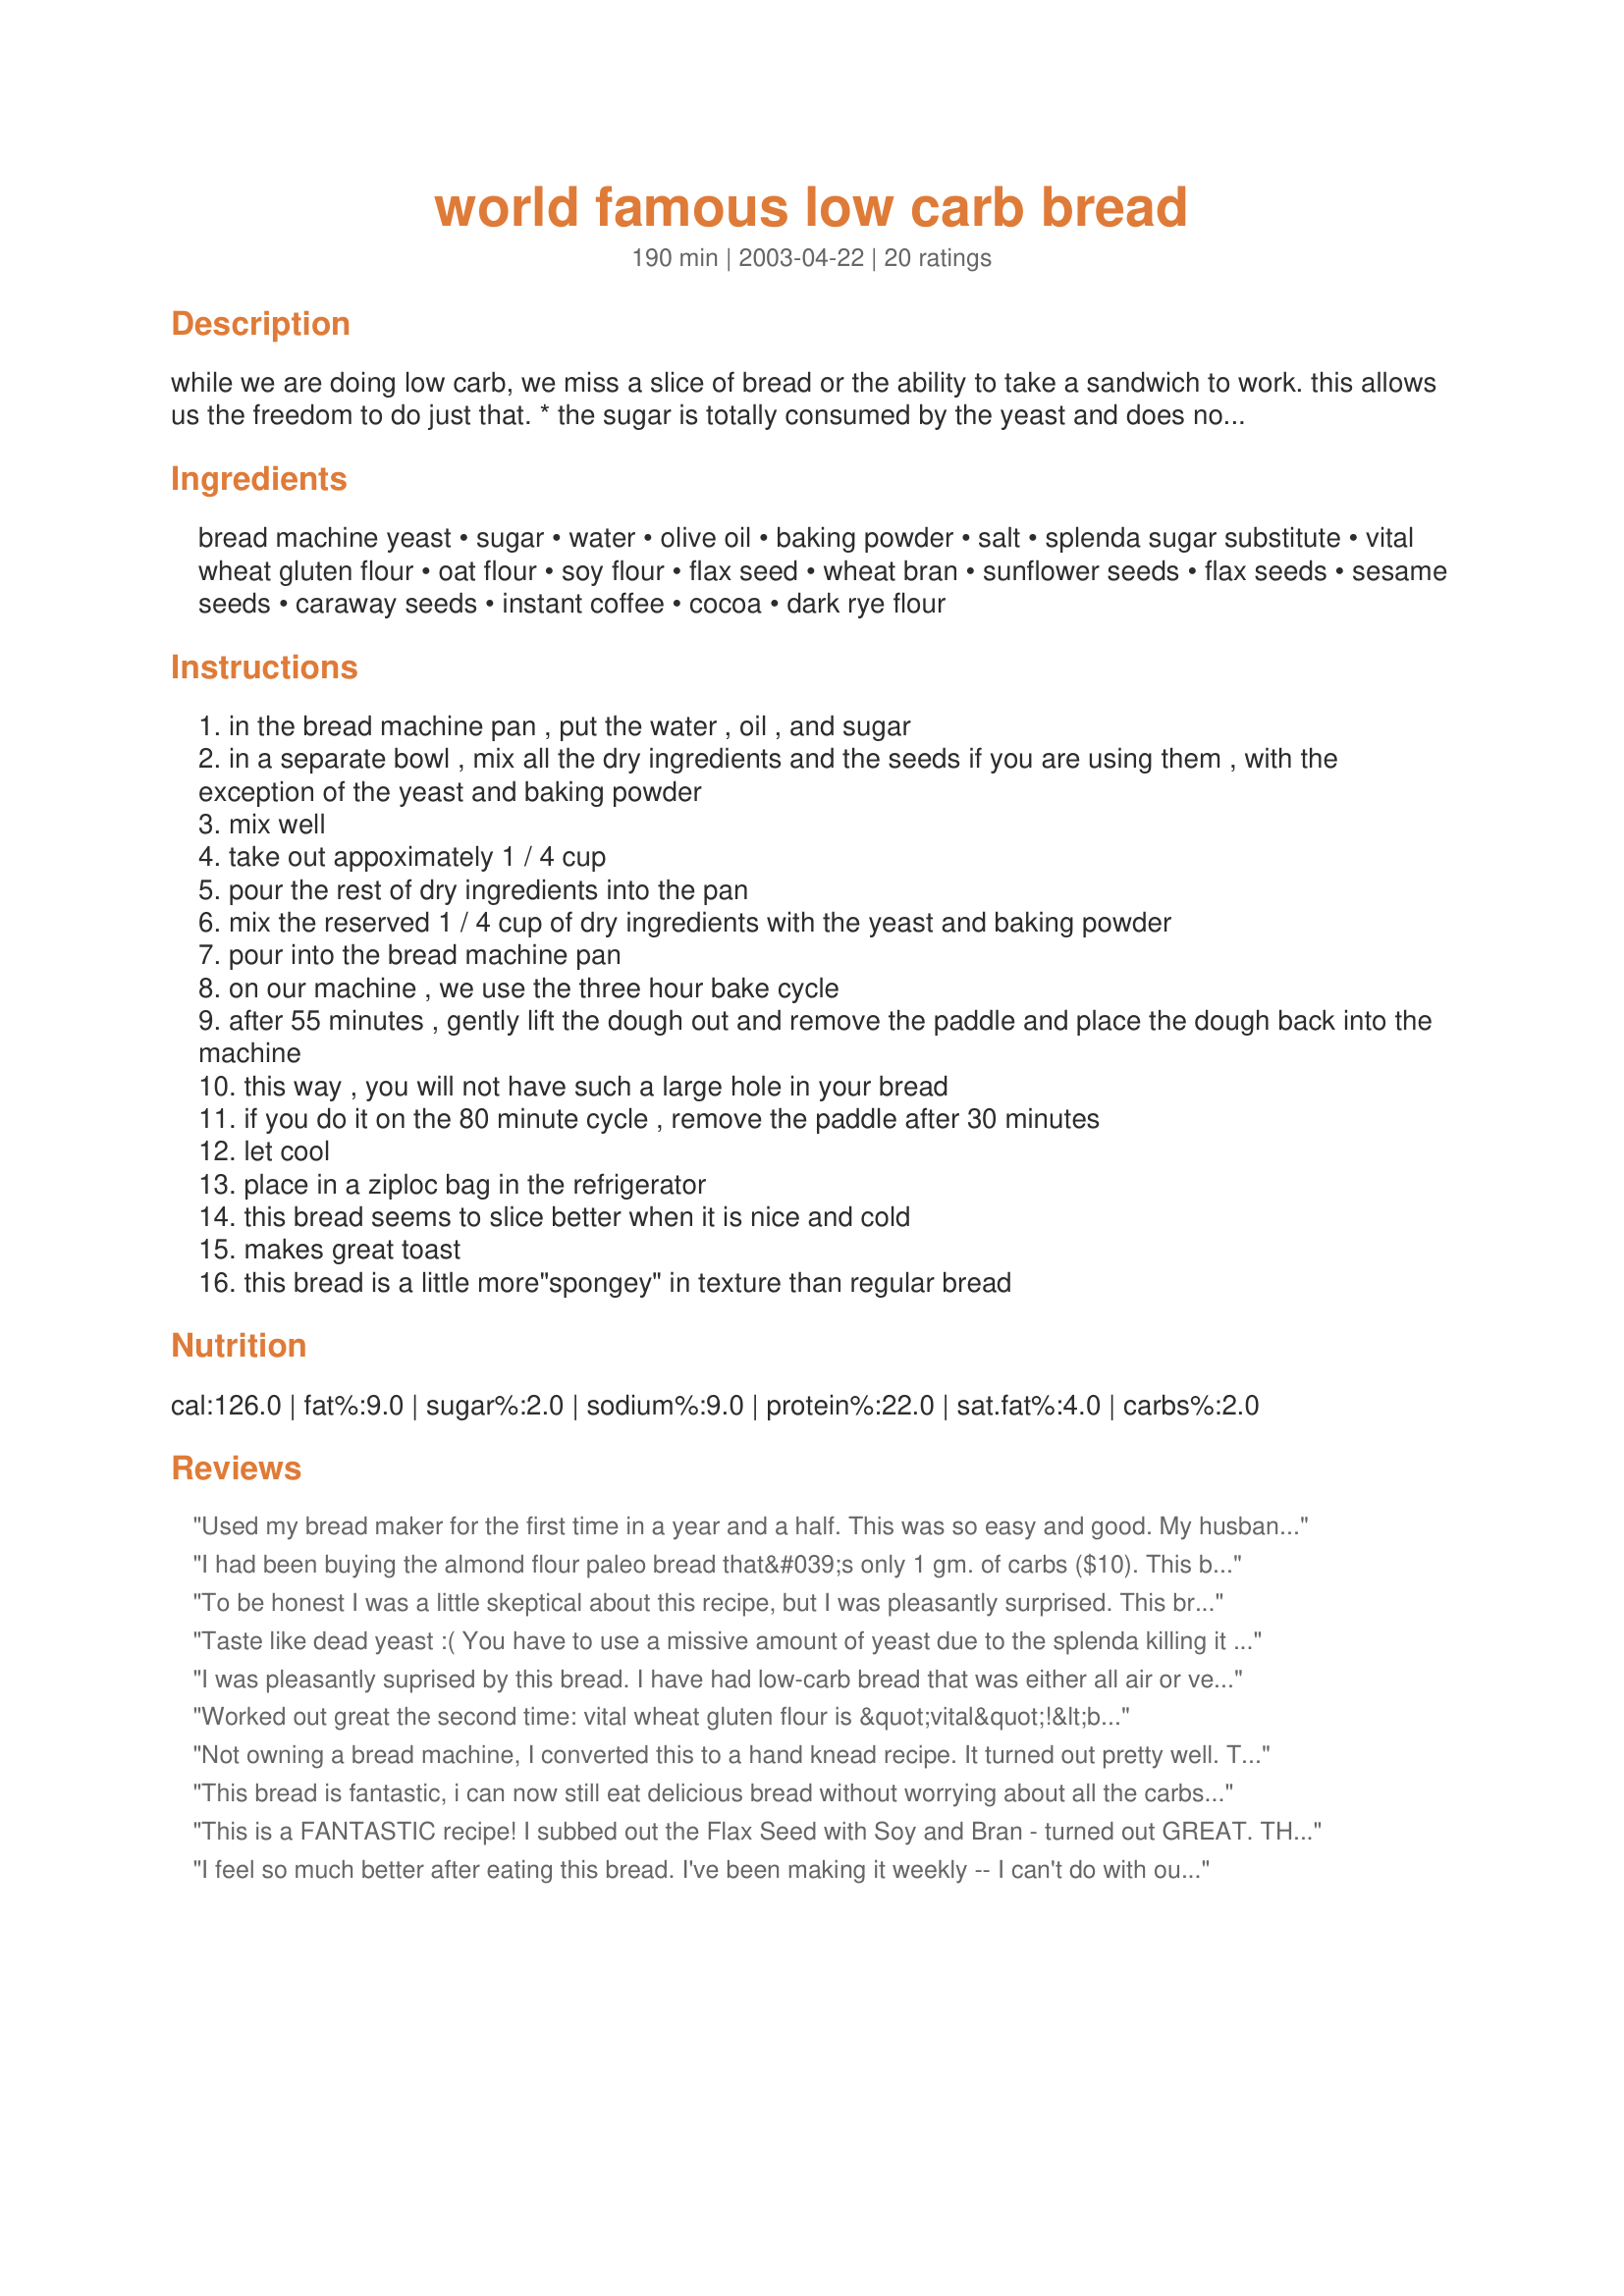
world famous low carb bread
Preparation time: 190 minutes

while we are doing low carb, we miss a slice of bread or the ability to take a sandwich to work. this allows us the freedom to do just that. * the sugar is totally consumed by the yeast and does not contribute to the carb count. this bread is approximately 4 grams of carb per slice.

Ingredients:
bread machine yeast, sugar, water, olive oil, baking powder, salt, splenda sugar substitute, vital wheat gluten flour, oat flour, soy flour, flax seed, wheat bran, sunflower seeds, flax seeds, sesame seeds, caraway seeds, instant coffee, cocoa, dark rye flour

Steps:
in the bread machine pan , put the water , oil , and sugar
in a separate bowl , mix all the dry ingredients and the seeds if you are using them , with the exception of the yeast and baking powder
mix well
take out appoximately 1 / 4 cup
pour the rest of dry ingredients into the pan
mix the reserved 1 / 4 cup of dry ingredients with the yeast and baking powder
pour into the bread machine pan
on our machine , we use the three hour bake cycle
after 55 minutes , gently lift the dough out and remove the paddle and place the dough back into the machine
this way , you will not have such a large hole in your bread
if you do it on the 80 minute cycle , remove the paddle after 30 minutes
let cool
place in a ziploc bag in the refrigerator
this bread seems to slice better when it is nice and cold
makes great toast
this bread is a little more"spongey" in texture than regular bread

Reviews:
Used my bread maker for the first time in a year and a half. This was so easy and good. My husband can eat anything he wants, so this is just for me! It will help me keep my 30 lb. weight loss, which I have for a year and a half now. Thanks!
I had been buying the almond flour paleo bread that&#039;s only 1 gm. of carbs ($10). This bread is so, much better I&#039;m saving my money. For some reason I thought the added almond flour instead of the oat flower. It tastes fine to me and brought down the carbs a little bit more. I make this all the time now. I will try some bread machine yeast one of these days.
To be honest I was a little skeptical about this recipe, but I was pleasantly surprised. This bread is light, fluffy and tasty. The texture is a little different that regular bread, but that didn&#039;t bother me.
Taste like dead yeast :( You have to use a missive amount of yeast due to the splenda killing it as it does the pro0biotiics in your system. Thus inhibiting,the rise requiring the addition of BAKING POWDER? . By eliminating the splenda, you can go back to only TWO TBS yeast rather than the FOUR NOW, and eliminate the added of baking powder!?!? This process will only increase the carbs by 100 mg per slice.
I was pleasantly suprised by this bread. I have had low-carb bread that was either all air or very rubbery. This was a nice texture. I am looking forward to trying the rye version. I used my bread machine to do the kneading, but did the rising and baking the traditional way, because I don't like square loaves, and my machine is old and I don't think it does a good job of rising anymore. Time for a new one, I guess! Thanks for posting this recipe. As a diabetic, I really appreciate it!
Worked out great the second time: vital wheat gluten flour is &quot;vital&quot;!&lt;br/&gt;I did not get a high-rise at all though, but it did end up ok.&lt;br/&gt;Changed soy flour for oat flour, which added 40 gr more carbs, so per slice not that much.&lt;br/&gt;Add the nuts - its worth it.&lt;br/&gt;Also added Caraway seeds - leave the bread for a day - it will taste better.
Not owning a bread machine, I converted this to a hand knead recipe. It turned out pretty well. The second time I made it, I ground the flax seeds first, as I didn't enjoy getting the seeds stuck between my teeth .... I do wonder about proofing/rising. When I used to make regular (high carb) wheat bread, it would rise twice in the bowl, once in the pan. I only had this rise once in the bowl. Any thoughts on what difference that could make?
This bread is fantastic, i can now still eat delicious bread without worrying about all the carbs! Thanks!
This is a FANTASTIC recipe! I subbed out the Flax Seed with Soy and Bran - turned out GREAT. THANKS!!!! FYI - This has a VERY high 1st rise. I got what looks like a 1.5lb loaf when it was finished.
I feel so much better after eating this bread. I've been making it weekly -- I can't do with out it. Even my kids notice that is really different and they love it.
I have been making both varieties and have made very few changes.

I do put the dry ingredients together ahead of time for convenience (except for the yeast/baking powder.)

Thanks for this recipe!!! LisaJo
Working on the low carb diet with my pizza, pasta, bread freak significant other. Atkins is easy for me, but not for him, especially when he revolts against vegetables! Having completely given up smoking almost 6 months ago and then gaining weight consequently has him feeling deprived. He rebels against the Oopsies, flax meal crackers, etc.&lt;br/&gt;The Atkins cuisine bread has no flavor.&lt;br/&gt;I started looking for low carb yeast bread recipes and found this and others that use bread makers. I&#039;ve often thought of buying one, but didn&#039;t want to make my own yummy breads for fear of eating too much of it!&lt;br/&gt;I decided to jump in with both feet and bought a top of the line machine. It was delivered at 3:30 yesterday afternoon. I watched the DVD and was going to try to make the basic bread recipe for my first attempt in the machine as I had never used one. Well, it was then I realized that I didn&#039;t have enough of most of the traditional ingredients. I did have all but the oat flour to make this one.&lt;br/&gt;I did sub 1/4 cup whole wheat flour for the oat flour. I just did the math and only looks like 2 additional net carbs for the whole loaf. I was out of white sugar, so used a 1/2 t brown sugar instead. Flax seed meal instead of flax seed.&lt;br/&gt;Anyway, it turned out great! Slightly sweet, great crust. Crumb is a little spongy, but pretty darn good! It passed muster with my carb freak at dinner. He made toast with it this morning and enjoyed it that way too, but had to toast it a little longer. Thank you for this recipe!!!
This is now my staple...for years I have been on the lookout for a lower tasty version of regular bread. This is truly a keeper! I agree the texture is different but it is well worth the compromise. The only thing I have changed is I substituted whole spelt flour for the oat flour only because I didn't have any oat on hand. I have tried the sesame and sunflower versions and I equally enjoy both. It is nice to finally have a hearty slice of bread instead of the rubbery or airy store versions. Kudos to you!
Oh my goodness! My husband and I have been doing low carb and recently bought a bread machine. The only thing I did differently was to add 2 tablespoons of powdered milk to the recipe. I have made the rye recipe and recently added raisins and cinnamon.
This was so yummy! Thank you!
This is completely disgusting. The texture is okay, but the flavor is strange and very bitter. My family has tried to be supportive of my low carb diet, but they could not hide their disgust when they tasted it. I heard my sister say, "I'm sorry!" as she threw her piece in the trash. I dumped the rest a few minutes later.
This was the second loaf of bread I made in my new Food Network bread machine. I did add the rye and cocoa, and the bread turned out light, easy to slice, wonderful texture, with a slightly chewy crust. My low-carb friends say it's the best they've eaten!
Best low carb bread yet. Giong to stick with this one.&lt;br/&gt;Thank you :-)
THANK YOU for this recipe. I was so sick of all the recipes that basically tasted like eggs and were grainy from the almonds! This has a good flavor and actually develops a crust! My only issue is that at least in my bread machine the loaf was very lopsided. I will still eat it! If there is an adjustment I can make for that I would like to know.
i'm a happy camper now! I've been experimenting with all sorts of low carb breads and this is the one i'm using for now on. i'm munching on an end piece right now, hot out of the bread machine and i feel like i'm blowing my diet! it's like a hearty whole grain bread, DH would even eat this and he wrinkles his nose at my low carb creations. i used flax seed meal, that's what i had and wasn't sure if it'd work but it did. it didn't rise as much as i thought it would based on a previous review, but that could have been because of the substitution. regardless i'll make this again and again. i can envision croutons, french toast, maybe even clazones and pizza crust. yum! thanks kcdelong for the keeper recipe. :)
Sorry, this one didn't do it for me. I did substitute stevia for splenda(I don't use artificial sweeteners), and did not have wheat bran on hand so I added more flax seed instead. Maybe the substitutions were part of the problem. Like all the other low-carb bread recipes I have tried, it didn't rise and tasted awful.
This bread is delicious. It has been a great addition to my low carb diet.
